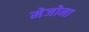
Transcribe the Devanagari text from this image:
मेजोना